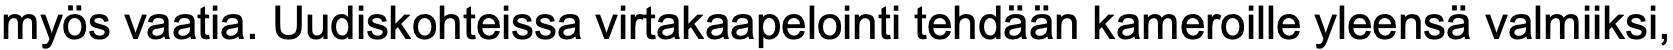
myös vaatia. Uudiskohteissa virtakaapelointi tehdään kameroille yleensä valmiiksi,